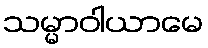
သမ္မာဝါယာမေ